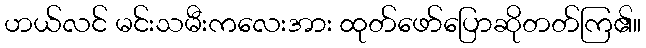
ဟယ်လင် မင်းသမီးကလေးအား ထုတ်ဖော်ပြောဆိုတတ်ကြ၏။